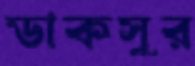
ডাকসুর